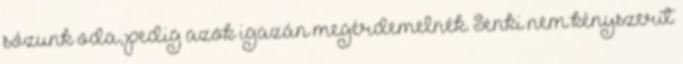
sózunk oda, pedig azok igazán megérdemelnék. Senki nem kényszerít